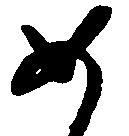
如